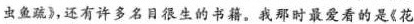
虫鱼疏》，还有许多名目很生的书籍。我那时最爱看的是《花